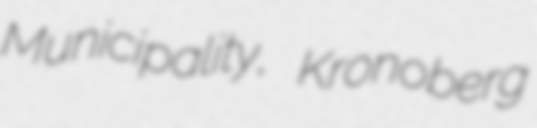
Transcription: Municipality, Kronoberg